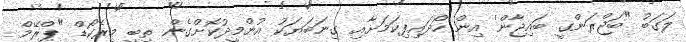
ލަގަބު "ބަޖްރަންގީ ބައިޖާން' އިން ހޯދައިފިކަމަށާއި ގިނަަބަޔަކު އުންމީދުކޮށްގެން ތިބީ މިރެކޯޑް "ޕްރޭމް